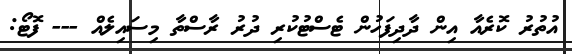
އުތުރު ކޮރެއާ އިން ދާދިފަހުން ޓެސްޓުކުރި ދުރު ރާސްތާ މިސައިލެއް --- ފޮޓޯ: